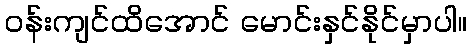
ဝန်းကျင်ထိအောင် မောင်းနှင်နိုင်မှာပါ။